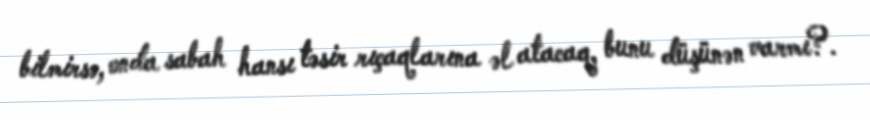
bilmirsə, onda sabah hansı təsir rıçaqlarına əl atacaq, bunu düşünən varmı?.